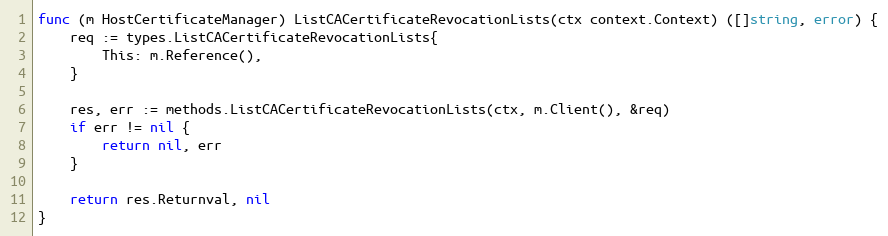
Language: Go
func (m HostCertificateManager) ListCACertificateRevocationLists(ctx context.Context) ([]string, error) {
	req := types.ListCACertificateRevocationLists{
		This: m.Reference(),
	}

	res, err := methods.ListCACertificateRevocationLists(ctx, m.Client(), &req)
	if err != nil {
		return nil, err
	}

	return res.Returnval, nil
}